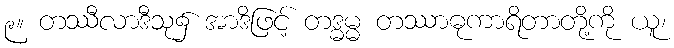
၉။ တဿီလာဒီသု၌ အာဒိဖြင့် တဒ္ဓမ္မ တဿာဓုကာရိတာတို့ကို ယူ၊